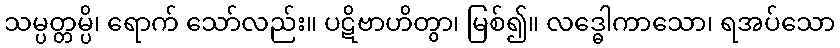
သမ္ပတ္တမ္ပိ၊ ရောက် သော်လည်း။ ပဋိဗာဟိတွာ၊ မြစ်၍။ လဒ္ဓေါကာသော၊ ရအပ်သော